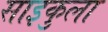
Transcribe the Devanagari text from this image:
साइकुला